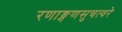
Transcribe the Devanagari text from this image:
रणाङ्गणसुचत्वरे